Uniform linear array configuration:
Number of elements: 4
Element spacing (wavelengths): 0.75
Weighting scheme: hann
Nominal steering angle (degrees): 15
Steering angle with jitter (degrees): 16.698
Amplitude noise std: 0.05
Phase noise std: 0.05

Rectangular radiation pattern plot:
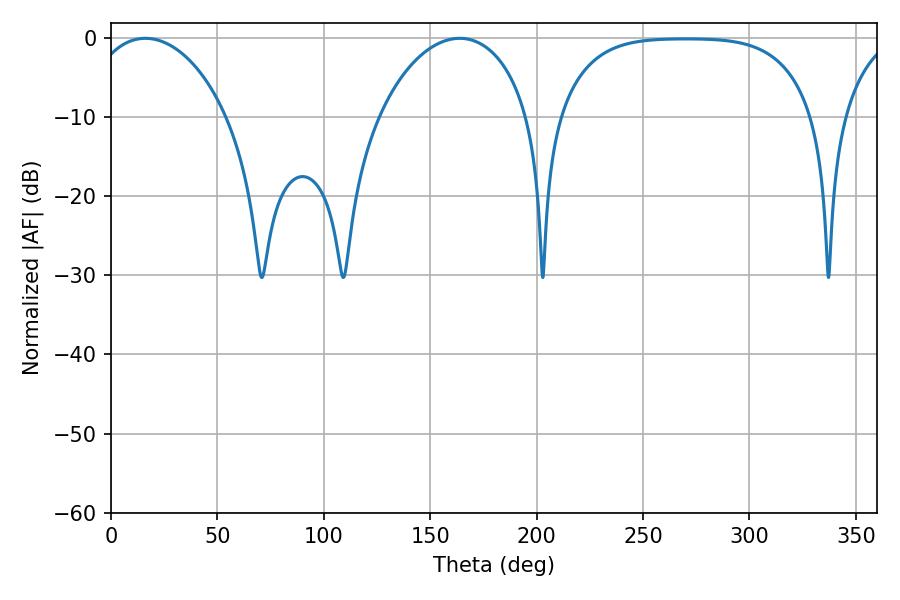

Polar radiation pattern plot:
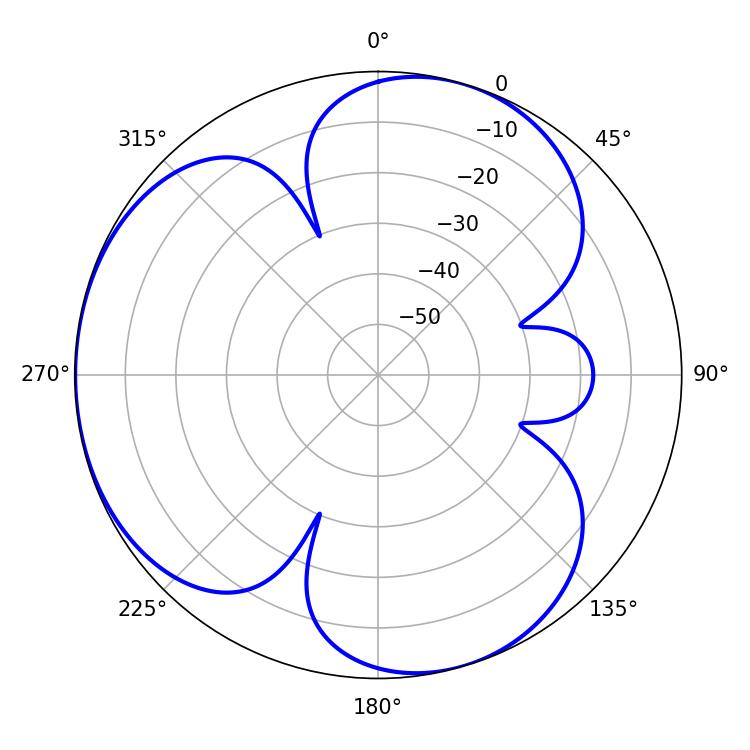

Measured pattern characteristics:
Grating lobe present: TRUE
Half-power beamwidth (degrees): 37.62
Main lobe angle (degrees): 16.2